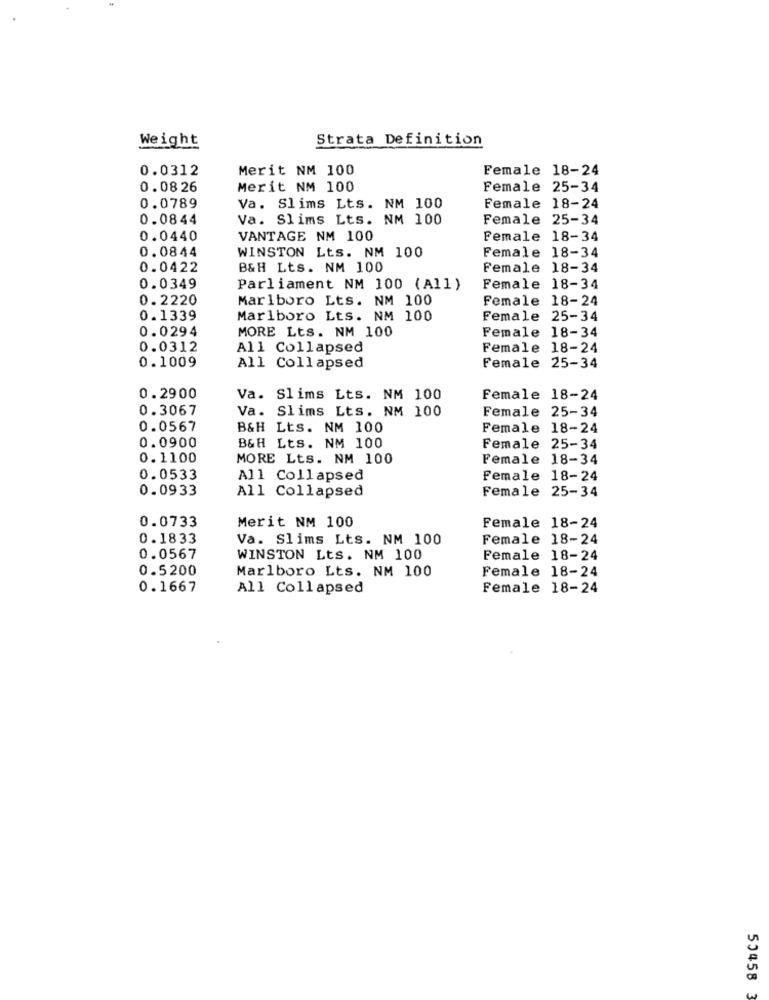
Weight
Strata Definition
0.0312
Merit NM 100
Female 18-24
0.0826
Merit NM 100
Female 25-34
0.0789
Va. Slims Lts. NM 100
Female 18-24
0.0844
Va. Slims Lts. NM 100
Female 25-34
0.0440
VANTAGE NM 100
Female 18-34
0.0844
WINSTON Lts. NM 100
Female 18-34
0.0422
B&H Lts. NM 100
Female 18-34
0.0349
Parliament NM 100 (All)
Female 18-34
0. 2220
Marlboro Lts. NM 100
Female 18-24
0.1339
Marlboro Lts. NM 100
Female 25-34
0.0294
MORE Lts. NM 100
Female 18-34
0.0312
All Collapsed
Female 18-24
0.1009
All Collapsed
Female 25-34
0.2900
Va. Slims Lts. NM 100
Female 18-24
0.3067
Va. Slims Lts. NM 100
Female 25-34
0.0567
B&H Lts. NM 100
Female 18-24
0.0900
B&H Lts. NM 100
Female 25-34
0.1100
MORE Lts. NM 100
Female 18-34
0.0533
All Collapsed
Female 18-24
0.0933
All Collapsed
Female 25-34
0.0733
Merit NM 100
Female 18-24
0.1833
Va. Slims Lts. NM 100
Female 18-24
0.0567
WINSTON Lts. NM 100
Female 18-24
0.5200
Marlboro Lts. NM 100
Female 18-24
0.1667
All Collapsed
Female 18-24
50458